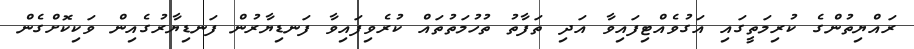
ރައްޔިތުންގެ ކުރިމަތީގައި އަގުވެއްޓިފައިވާ އަދި ތަފާތު ތުހުމަތުތައް ކުރެވިފައިވާ ފަނޑިޔާރުން ފަނޑިޔާރުގެއިން ވަކިކޮށްގެން